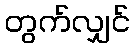
တွက်လျှင်